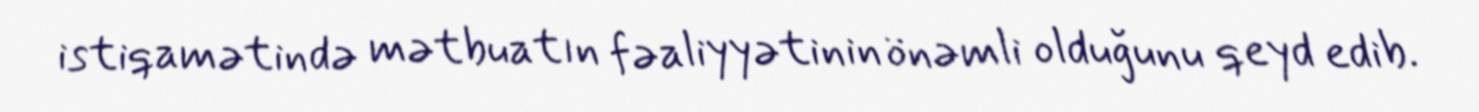
istiqamətində mətbuatın fəaliyyətinin önəmli olduğunu qeyd edib.